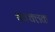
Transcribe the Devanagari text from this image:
चक्क्लक